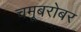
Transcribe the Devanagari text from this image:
चमूबरोबर